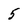
Character: 5